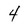
Character: 4